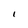
Character: I